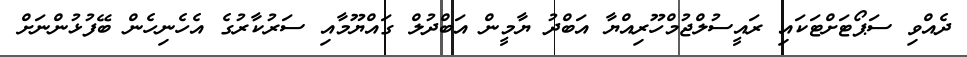
ދެއްވި ސަޕޯޓަށްޓަކައި ރައީސުލްޖުމްހޫރިއްޔާ އަބްދު ޔާމީން އަބްދުލް ގައްޔޫމާއި ސަރުކާރުގެ އެހެނިހެން ބޭފުޅުންނަށް